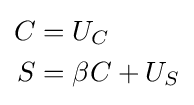
{\begin{aligned}C&=U_{C}\\S&=\beta C+U_{S}\end{aligned}}